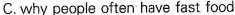
C. why people often have fast food